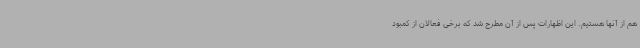
هم از آنها هستیم. این اظهارات پس از آن مطرح شد که برخی فعالان از کمبود